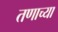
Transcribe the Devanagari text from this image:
तणाच्या